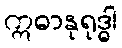
ဣဓာနုရုဒ္ဓါ